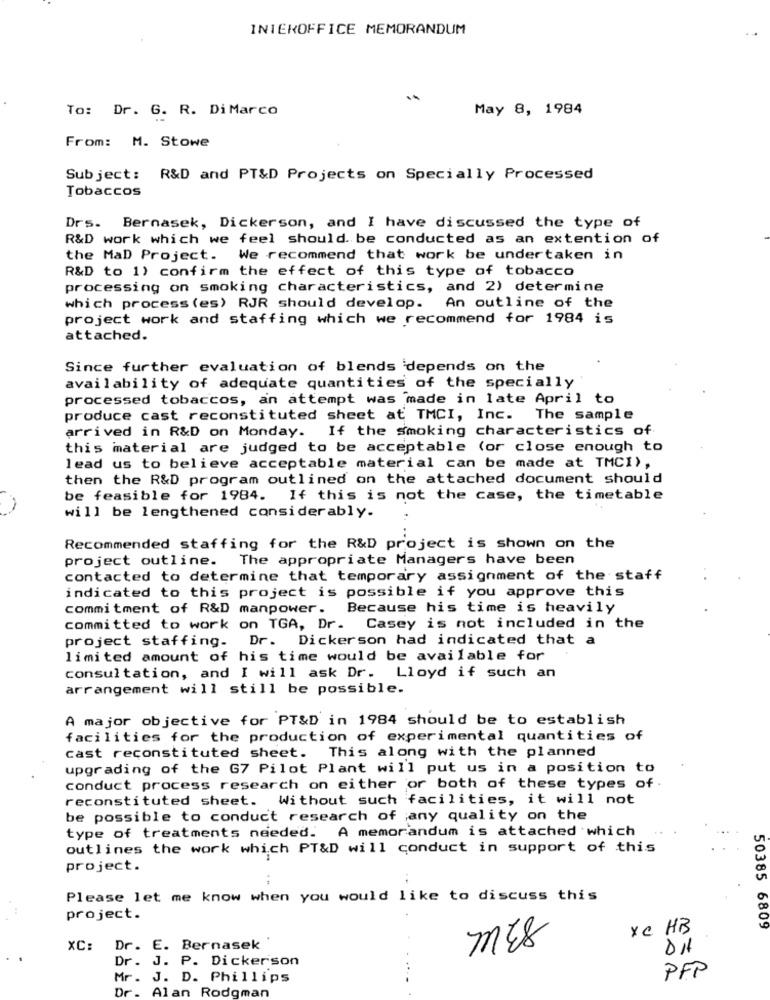
INTEROFFICE MEMORANDUM
To: Dr. G. R. Di Marco
May 8, 1984
From: M. Stowe
Subject: R&D and PT&D Projects on Specially Processed
Tobaccos
Drs. Bernasek, Dickerson, and I have discussed the type of
R&D work which we feel should. be conducted as an extention of
the MaD Project. We recommend that work be undertaken in
R&D to 1) confirm the effect of this type of tobacco
processing on smoking characteristics, and 2) determine
which process (es) RJR should develop.
An outline of the
project work and staffing which we recommend for 1984 is
attached.
Since further evaluation of blends depends on the
availability of adequate quantities of the specially
processed tobaccos, an attempt was made in late April to
produce cast reconstituted sheet at TMCI, Inc.
The sample
arrived in R&D on Monday. If the smoking characteristics of
this material are judged to be acceptable (or close enough to
lead us to believe acceptable material can be made at TMCI),
then the R&D program outlined on the attached document should
be feasible for 1984. If this is not the case, the timetable
will be lengthened considerably.
..
Recommended staffing for the R&D project is shown on the
project outline. The appropriate Managers have been
contacted to determine that temporary assignment of the staff
indicated to this project is possible if you approve this
commitment of R&D manpower.
Because his time is heavily
committed to work on TGA, Dr. Casey is not included in the
project staffing. Dr. Dickerson had indicated that a
limited amount of his time would be available for
consultation, and I will ask Dr. Lloyd if such an
arrangement will still be possible.
A major objective for PT&D in 1984 should be to establish
facilities for the production of experimental quantities of
cast reconstituted sheet. This along with the planned
upgrading of the G7 Pilot Plant will put us in a position to
conduct process research on either or both of these types of.
reconstituted sheet. Without such facilities, it will not
be possible to conduct research of any quality on the
type of treatments needed. A memorandum is attached which
outlines the work which PT&D will conduct in support of this
project.
Please let me know when you would like to discuss this
project.
xc HB
50385 6809
XC:
Dr. E. Bernasek
Dr. J. P. Dickerson
Mr. J. D. Phillips
PFP
De.
Alan Rodgman